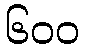
၆၀၀